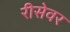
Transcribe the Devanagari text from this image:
रीसेवर